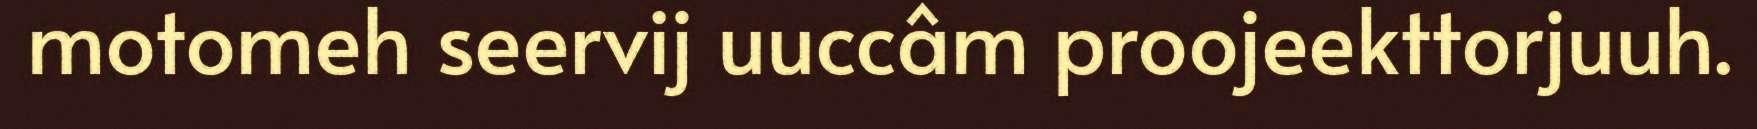
motomeh seervij uuccâm proojeekttorjuuh.